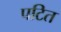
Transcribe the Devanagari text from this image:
पटित